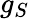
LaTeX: g_{S}